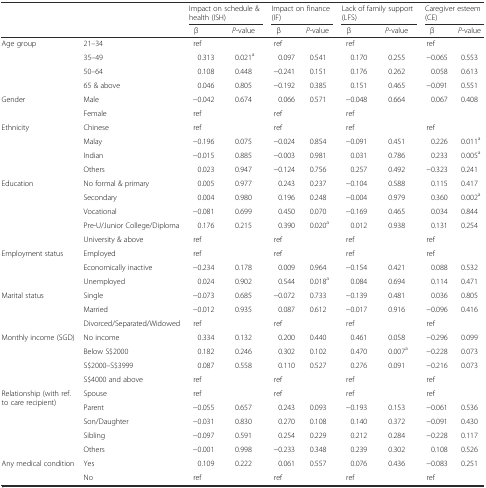
<table><thead><tr><td rowspan="2"></td><td rowspan="2"></td><td colspan="2"><b>Impact on schedule &amp; health (ISH)</b></td><td colspan="2"><b>Impact on finance (IF)</b></td><td colspan="2"><b>Lack of family support (LFS)</b></td><td colspan="2"><b>Caregiver esteem (CE)</b></td></tr><tr><td><b>β</b></td><td><b><i>P</i>-value</b></td><td><b>β</b></td><td><b><i>P</i>-value</b></td><td><b>β</b></td><td><b><i>P</i>-value</b></td><td><b>β</b></td><td><b><i>P</i>-value</b></td></tr></thead><tbody><tr><td rowspan="4">Age group</td><td>21–34</td><td>ref</td><td></td><td>ref</td><td></td><td>ref</td><td></td><td>ref</td><td></td></tr><tr><td>35–49</td><td>0.313</td><td>0.021<sup>a</sup></td><td>0.097</td><td>0.541</td><td>0.170</td><td>0.255</td><td>−0.065</td><td>0.553</td></tr><tr><td>50–64</td><td>0.108</td><td>0.448</td><td>−0.241</td><td>0.151</td><td>0.176</td><td>0.262</td><td>0.058</td><td>0.613</td></tr><tr><td>65 &amp; above</td><td>0.046</td><td>0.805</td><td>−0.192</td><td>0.385</td><td>0.151</td><td>0.465</td><td>−0.091</td><td>0.551</td></tr><tr><td rowspan="2">Gender</td><td>Male</td><td>−0.042</td><td>0.674</td><td>0.066</td><td>0.571</td><td>−0.048</td><td>0.664</td><td>0.067</td><td>0.408</td></tr><tr><td>Female</td><td>ref</td><td></td><td>ref</td><td></td><td>ref</td><td></td><td></td><td></td></tr><tr><td rowspan="4">Ethnicity</td><td>Chinese</td><td>ref</td><td></td><td>ref</td><td></td><td>ref</td><td></td><td>ref</td><td></td></tr><tr><td>Malay</td><td>−0.196</td><td>0.075</td><td>−0.024</td><td>0.854</td><td>−0.091</td><td>0.451</td><td>0.226</td><td>0.011<sup>a</sup></td></tr><tr><td>Indian</td><td>−0.015</td><td>0.885</td><td>−0.003</td><td>0.981</td><td>0.031</td><td>0.786</td><td>0.233</td><td>0.005<sup>a</sup></td></tr><tr><td>Others</td><td>0.023</td><td>0.947</td><td>−0.124</td><td>0.756</td><td>0.257</td><td>0.492</td><td>−0.323</td><td>0.241</td></tr><tr><td rowspan="5">Education</td><td>No formal &amp; primary</td><td>0.005</td><td>0.977</td><td>0.243</td><td>0.237</td><td>−0.104</td><td>0.588</td><td>0.115</td><td>0.417</td></tr><tr><td>Secondary</td><td>0.004</td><td>0.980</td><td>0.196</td><td>0.248</td><td>−0.004</td><td>0.979</td><td>0.360</td><td>0.002<sup>a</sup></td></tr><tr><td>Vocational</td><td>−0.081</td><td>0.699</td><td>0.450</td><td>0.070</td><td>−0.169</td><td>0.465</td><td>0.034</td><td>0.844</td></tr><tr><td>Pre-U/Junior College/Diploma</td><td>0.176</td><td>0.215</td><td>0.390</td><td>0.020<sup>a</sup></td><td>0.012</td><td>0.938</td><td>0.131</td><td>0.254</td></tr><tr><td>University &amp; above</td><td>ref</td><td></td><td>ref</td><td></td><td>ref</td><td></td><td>ref</td><td></td></tr><tr><td rowspan="3">Employment status</td><td>Employed</td><td>ref</td><td></td><td>ref</td><td></td><td>ref</td><td></td><td>ref</td><td></td></tr><tr><td>Economically inactive</td><td>−0.234</td><td>0.178</td><td>0.009</td><td>0.964</td><td>−0.154</td><td>0.421</td><td>0.088</td><td>0.532</td></tr><tr><td>Unemployed</td><td>0.024</td><td>0.902</td><td>0.544</td><td>0.018<sup>a</sup></td><td>0.084</td><td>0.694</td><td>0.114</td><td>0.471</td></tr><tr><td rowspan="3">Marital status</td><td>Single</td><td>−0.073</td><td>0.685</td><td>−0.072</td><td>0.733</td><td>−0.139</td><td>0.481</td><td>0.036</td><td>0.805</td></tr><tr><td>Married</td><td>−0.012</td><td>0.935</td><td>0.087</td><td>0.612</td><td>−0.017</td><td>0.916</td><td>−0.096</td><td>0.416</td></tr><tr><td>Divorced/Separated/Widowed</td><td>ref</td><td></td><td>ref</td><td></td><td>ref</td><td></td><td>ref</td><td></td></tr><tr><td rowspan="4">Monthly income (SGD)</td><td>No income</td><td>0.334</td><td>0.132</td><td>0.200</td><td>0.440</td><td>0.461</td><td>0.058</td><td>−0.296</td><td>0.099</td></tr><tr><td>Below S$2000</td><td>0.182</td><td>0.246</td><td>0.302</td><td>0.102</td><td>0.470</td><td>0.007<sup>a</sup></td><td>−0.228</td><td>0.073</td></tr><tr><td>S$2000–S$3999</td><td>0.087</td><td>0.558</td><td>0.110</td><td>0.527</td><td>0.276</td><td>0.091</td><td>−0.216</td><td>0.073</td></tr><tr><td>S$4000 and above</td><td>ref</td><td></td><td>ref</td><td></td><td>ref</td><td></td><td>ref</td><td></td></tr><tr><td rowspan="5">Relationship (with ref. to care recipient)</td><td>Spouse</td><td>ref</td><td></td><td>ref</td><td></td><td>ref</td><td></td><td>ref</td><td></td></tr><tr><td>Parent</td><td>−0.055</td><td>0.657</td><td>0.243</td><td>0.093</td><td>−0.193</td><td>0.153</td><td>−0.061</td><td>0.536</td></tr><tr><td>Son/Daughter</td><td>−0.031</td><td>0.830</td><td>0.270</td><td>0.108</td><td>0.140</td><td>0.372</td><td>−0.091</td><td>0.430</td></tr><tr><td>Sibling</td><td>−0.097</td><td>0.591</td><td>0.254</td><td>0.229</td><td>0.212</td><td>0.284</td><td>−0.228</td><td>0.117</td></tr><tr><td>Others</td><td>−0.001</td><td>0.998</td><td>−0.233</td><td>0.348</td><td>0.239</td><td>0.302</td><td>0.108</td><td>0.526</td></tr><tr><td rowspan="2">Any medical condition</td><td>Yes</td><td>0.109</td><td>0.222</td><td>0.061</td><td>0.557</td><td>0.076</td><td>0.436</td><td>−0.083</td><td>0.251</td></tr><tr><td>No</td><td>ref</td><td></td><td>ref</td><td></td><td>ref</td><td></td><td>ref</td><td></td></tr></tbody></table>